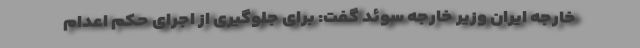
خارجه ایران وزیر خارجه سوئد گفت: برای جلوگیری از اجرای حکم اعدام